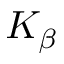
K _ { \beta }